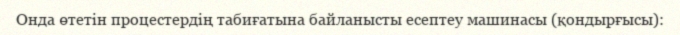
Онда өтетін процестердің табиғатына байланысты есептеу машинасы (қондырғысы):